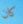
كان